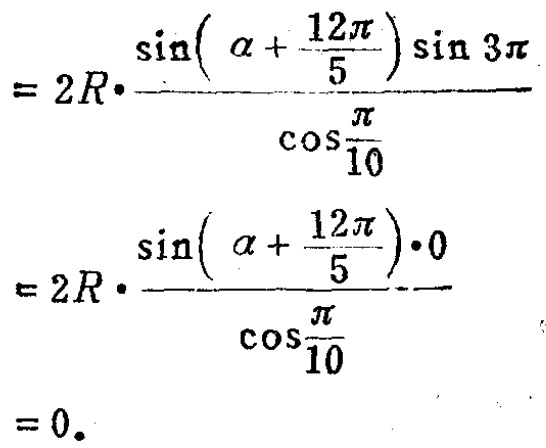
\[
\begin{align*}
&= 2R\cdot\frac{\sin\left(\alpha+\frac{12\pi}{5}\right)\sin 3\pi}{\cos\frac{\pi}{10}}\\
&= 2R\cdot\frac{\sin\left(\alpha+\frac{12\pi}{5}\right)\cdot0}{\cos\frac{\pi}{10}}\\
&= 0.
\end{align*}
\]